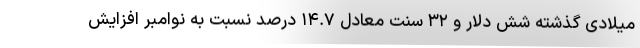
میلادی گذشته شش دلار و ۳۲ سنت معادل ۱۴.۷ درصد نسبت به نوامبر افزایش